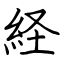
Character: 経